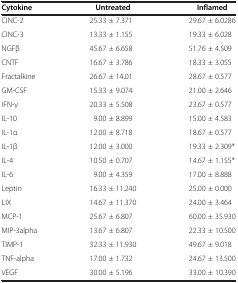
<table><thead><tr><td><b>Cytokine</b></td><td><b>Untreated</b></td><td><b>Inflamed</b></td></tr></thead><tbody><tr><td>CINC-2</td><td>25.33 ± 7.371</td><td>29.67 ± 6.0286</td></tr><tr><td>CINC-3</td><td>13.33 ± 1.155</td><td>19.33 ± 6.028</td></tr><tr><td>NGFβ</td><td>45.67 ± 6.658</td><td>51.76 ± 4.509</td></tr><tr><td>CNTF</td><td>16.67 ± 3.786</td><td>18.33 ± 3.055</td></tr><tr><td>Fractalkine</td><td>26.67 ± 14.01</td><td>28.67 ± 0.577</td></tr><tr><td>GM-CSF</td><td>15.33 ± 9.074</td><td>21.00 ± 2.646</td></tr><tr><td>IFN-γ</td><td>20.33 ± 5.508</td><td>23.67 ± 0.577</td></tr><tr><td>IL-10</td><td>9.00 ± 8.899</td><td>15.00 ± 4.583</td></tr><tr><td>IL-1α</td><td>12.00 ± 8.718</td><td>18.67 ± 0.577</td></tr><tr><td>IL-1β</td><td>12.00 ± 3.000</td><td>19.33 ± 2.309*</td></tr><tr><td>IL-4</td><td>10.50 ± 0.707</td><td>14.67 ± 1.155*</td></tr><tr><td>IL-6</td><td>9.00 ± 4.359</td><td>17.00 ± 8.888</td></tr><tr><td>Leptin</td><td>16.33 ± 11.240</td><td>25.00 ± 0.000</td></tr><tr><td>LIX</td><td>14.67 ± 11.370</td><td>24.00 ± 3.464</td></tr><tr><td>MCP-1</td><td>25.67 ± 6.807</td><td>60.00 ± 35.930</td></tr><tr><td>MIP-3alpha</td><td>13.67 ± 6.807</td><td>22.33 ± 10.500</td></tr><tr><td>TIMP-1</td><td>32.33 ± 11.930</td><td>49.67 ± 9.018</td></tr><tr><td>TNF-alpha</td><td>17.00 ± 1.732</td><td>24.67 ± 13.500</td></tr><tr><td>VEGF</td><td>30.00 ± 5.196</td><td>33.00 ± 10.390</td></tr></tbody></table>